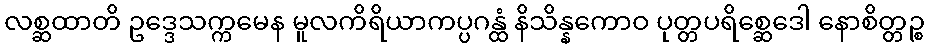
လစ္ဆထာတိ ဥဒ္ဒေသက္ကမေန မူလကိရိယာကပ္ပဂန္ထံ နိသိန္နကောဝ ပုတ္တပရိစ္ဆေဒေါ နောစိတ္တဉ္စ